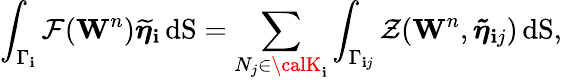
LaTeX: \int_{\Gamma_{\mathbf{i}}}\mathbf{{\mathcal{{F}}}}(\mathbf{{W}}^{n})\boldsymbol{\widetilde{{\eta}}}_{\mathbf{i}}\, \mathrm{{dS}}=\displaystyle\sum_{N_{j}\in{\calK}_{\mathbf{i}}}\displaystyle\int_{\Gamma_{\mathbf{i}j}}{\mathcal{{Z}}}(\mathbf{{W}}^{n},{\boldsymbol{\tilde{{\eta}}}}_{\mathbf{i}j})\, \mathrm{{dS}},